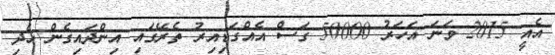
އެއީ 2015 ވަނަ އަހަރު 50000 ގަސް އެއްގަޑިއިރު ތެރޭގައި އިންދައިގެން ހެދި